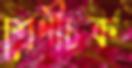
শ্রেণীচক্র